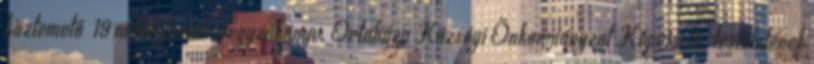
köztemető 19 millió forint Jegyzőkönyv. Ortaháza Községi Önkormányzat Képviselő-testületének